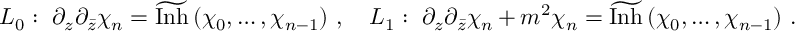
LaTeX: { \cal L } _ { 0 } : \, \, \partial _ { z } \partial _ { \bar { z } } \chi _ { n } = \widetilde { \mathrm { I n h } } \left( \chi _ { 0 } , \ldots , \chi _ { n - 1 } \right) \, , \quad { \cal L } _ { 1 } : \, \, \partial _ { z } \partial _ { \bar { z } } \chi _ { n } + m ^ { 2 } \chi _ { n } = \widetilde { \mathrm { I n h } } \left( \chi _ { 0 } , \ldots , \chi _ { n - 1 } \right) \, .